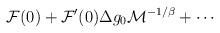
LaTeX: \begin{align*}{\cal F}(0) +{\cal F}^\prime(0) \Delta g_0 {\cal M}^{-1/\beta}+\cdots\end{align*}